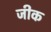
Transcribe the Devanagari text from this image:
जीक